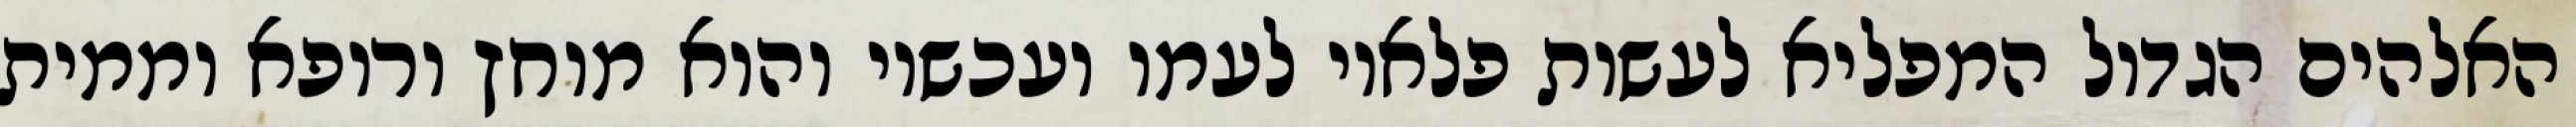
האלהים הגדול המפליא לעשות פלאיו לעמו ועכשיו והוא מוחץ ורופא וממית